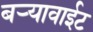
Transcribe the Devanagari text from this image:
बर्‍यावाईट